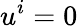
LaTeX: u^{i}=0